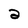
Character: 2